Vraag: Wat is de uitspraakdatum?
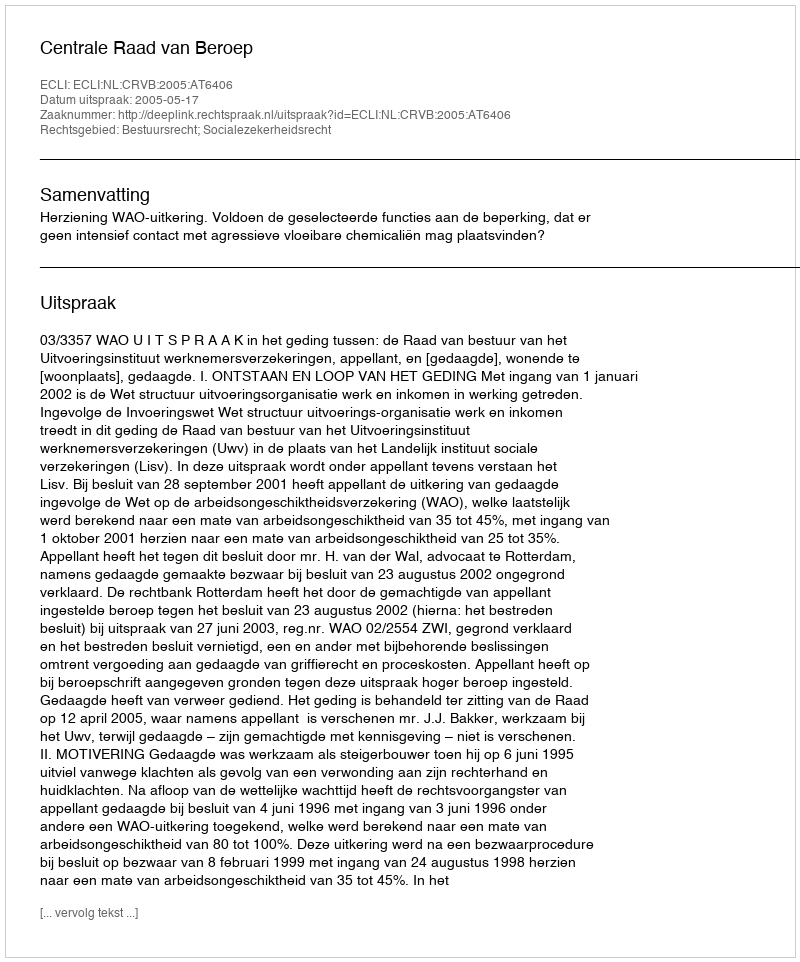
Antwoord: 2005-05-17